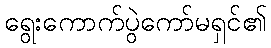
ရွေးကောက်ပွဲကော်မရှင်၏